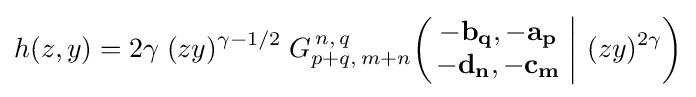
h(z,y)=2\gamma \;(zy)^{\gamma -1/2}\;G_{p+q,\,m+n}^{\,n,\,q}\!\left(\left.{\begin{matrix}-\mathbf {b_{q}} ,-\mathbf {a_{p}} \\-\mathbf {d_{n}} ,-\mathbf {c_{m}} \end{matrix}}\;\right|\,(zy)^{2\gamma }\right)